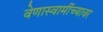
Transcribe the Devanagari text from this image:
वेणास्वामींच्यावर